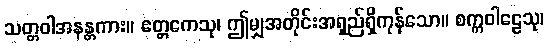
သတ္တဝါအနန္တကား။ ဧတ္တကေသု၊ ဤမျှအတိုင်းအရှည်ရှိကုန်သော။ စက္ကဝါဠေသု၊